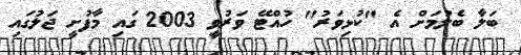
ބަލާ ބެލުމަށް އެ "ކުޅިވަރު" ހުއްޓޭ ވަރުވީ 2003 ގައި މާފުށީ ޖަލުގައި